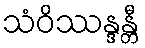
သံဝိဿန္ဒန္တီ